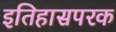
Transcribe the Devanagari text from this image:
इतिहासपरक